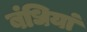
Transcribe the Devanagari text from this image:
बंधियां